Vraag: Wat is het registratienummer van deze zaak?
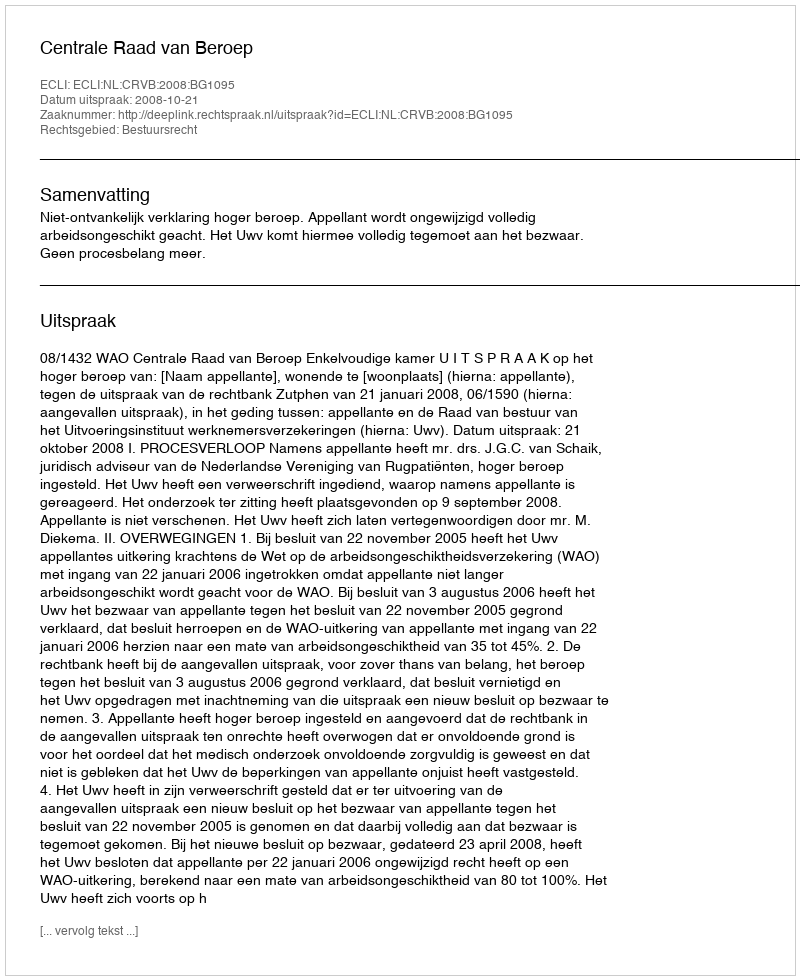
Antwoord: http://deeplink.rechtspraak.nl/uitspraak?id=ECLI:NL:CRVB:2008:BG1095